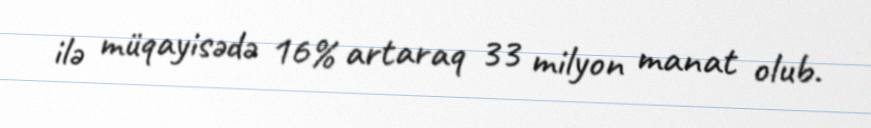
ilə müqayisədə 16% artaraq 33 milyon manat olub.